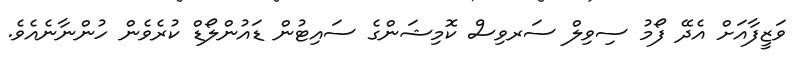
ވަޒީފާއަށް އެދޭ ފޯމު ސިވިލް ސަރވިސް ކޮމިޝަންގެ ސައިޓުން ޑައުންލޯޑް ކުރެވެން ހުންނާނެއެވެ.